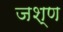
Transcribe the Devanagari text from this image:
जश्ण